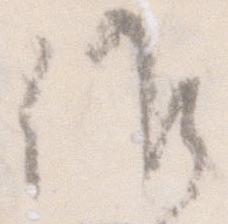
候